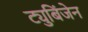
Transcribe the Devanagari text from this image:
ट्युबिंजेन